Papers set at the Examination for Leaving Certificates, 1891
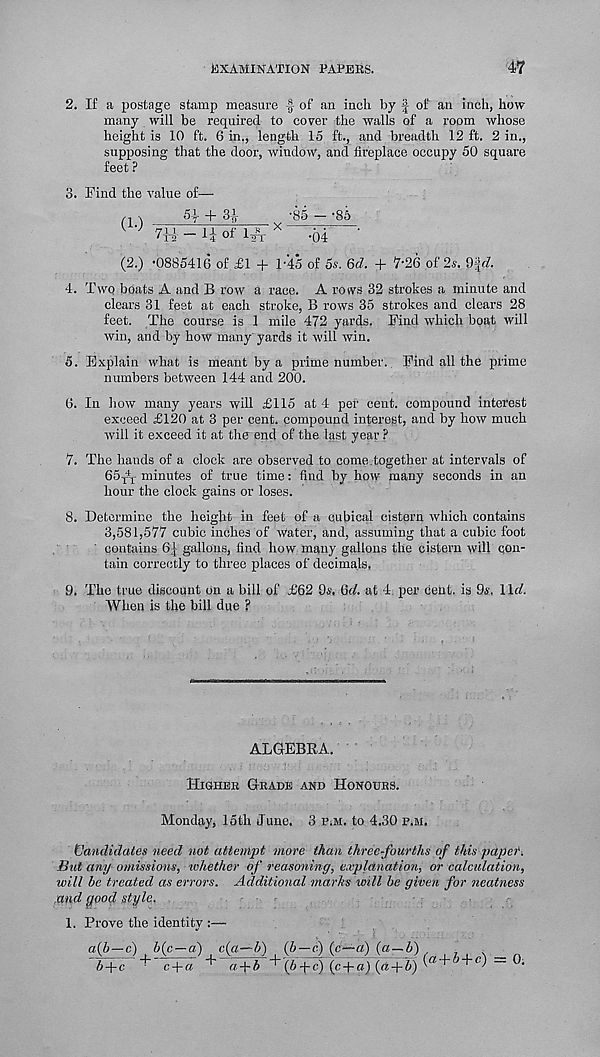
Examination papers.
47
2. If a postage stamp measure f of an inch by | of an inch, how
many will be required to cover the walls of a room whose
height is 10 ft. 6 in., length 15 ft., and breadth 12 ft. 2 in.,
supposing that the door, window, and fireplace occupy 50 square
feet ?
3. Find the value of—
5-i- +
-85 - -85
(1-)
(2.) -0885416 of £1 + 1-45 of os. 6d. + 7-26 of 2s. Off?.
4. Two boats A and B row a race. A rows 32 strokes a minute and
clears 31 feet at each stroke, B rows 35 strokes and clears 28
feet. The course is 1 mile 472 yards. Find which boat will
win, and by how many yards it will win.
5. Explain what is meant by a prime number.. Find all the prime
numbers between 144 and 200.
6. In how many years will £115 at 4 per cent, compound interest
exceed £120 at 3 per cent, compound interest, and by how much
will it exceed it at the end of the last year ?
7. The hands of a clock are observed to come.together at intervals of
65-fl r minutes of true time: find by how many seconds in an
hour the clock gains or loses.
8. Determine the height in feet of a cubical cistern which contains
3,581,577 cubic inches of water, and, assuming that a cubic foot
contains 6f gallons, find how many gallons the cistern will con-
tain correctly to three places of decimals.
9. The true discount on a bill of £62 Os. Qd. at 4, per cent, is 9s. 11c?.
When is the bill due ?
ALGEBRA.
Higher Grade and Honours.
Monday, 15th June. 3 p.m. to 4.30 p.m.
Vandidates need not attempt more than three-fourths of fJds paper.
But any omissions, whether of reasoning, explanation, or calculation,
will be treated as errors. Additional marks will be given for neatness
and yood style.
1. Prove the identity :—
(a-f 5 + c) = 0.
c + a